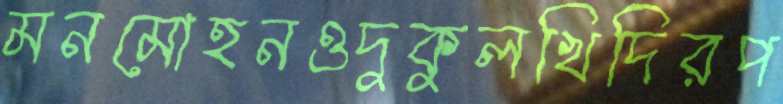
মনমোহনওদুকুলখিদিরপ